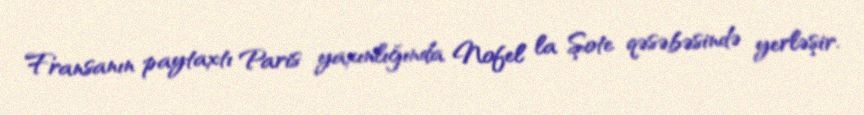
Fransanın paytaxtı Paris yaxınlığında Nofel la Şote qəsəbəsində yerləşir.